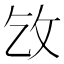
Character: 㩿